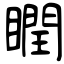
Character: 瞤